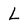
Character: L